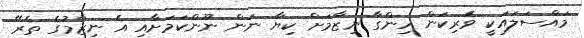
މައްސަލައަކީ ވެރިކަން ހިންގާ ނިޒާމަށް ކިޔާ ނަން ނޫންކަމަށާއި އެ ނިޒާމުގެ ތެރޭ